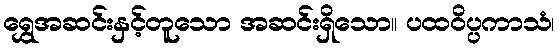
ရွှေအဆင်းနှင့်တူသော အဆင်းရှိသော။ ပထဝိပ္ပကာသံ၊